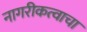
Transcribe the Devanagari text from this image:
नागरीकत्वाचा